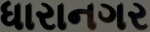
ધારાનગર